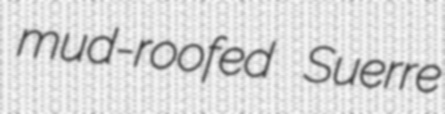
mud-roofed Suerre